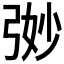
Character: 𭚵